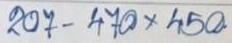
207 - 470 x 450